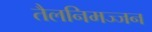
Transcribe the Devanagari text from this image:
तैलनिमज्जन